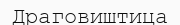
Драговиштица